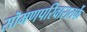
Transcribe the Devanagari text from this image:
सॊमणपरिवारातर्फे